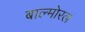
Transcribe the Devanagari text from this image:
बाल्मोरल